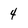
Character: 4